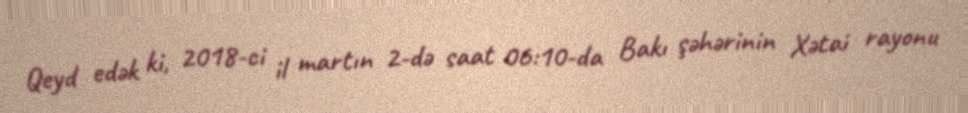
Qeyd edək ki, 2018-ci il martın 2-də saat 06:10-da Bakı şəhərinin Xətai rayonu